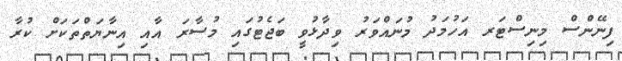
ފިނޭންސް މިނިސްޓަރ އަހުމަދު މުނައްވަރު ވިދާޅުވީ ބަޖެޓުގައި މުސާރަ އާއި އިނާޔަތްތަކަށް ކުރާ